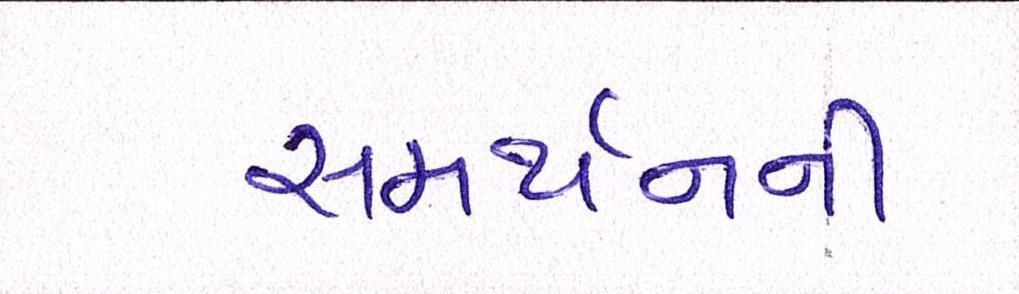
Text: સમર્થનની